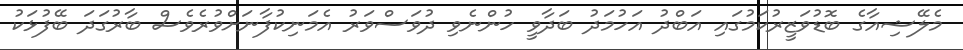
މެލޭޝިއާގެ ބޮޑުވަޒީރުކަމުގައި އަބްދު އަހުމަދު ބަދާވީ ހުންނެވި ދުވަސްވަރު އެމަނިކުފާނަށްވުރެވެސް ބާރުގަދަ ބޭފުޅަކު